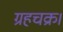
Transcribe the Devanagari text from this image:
ग्रहचक्र।